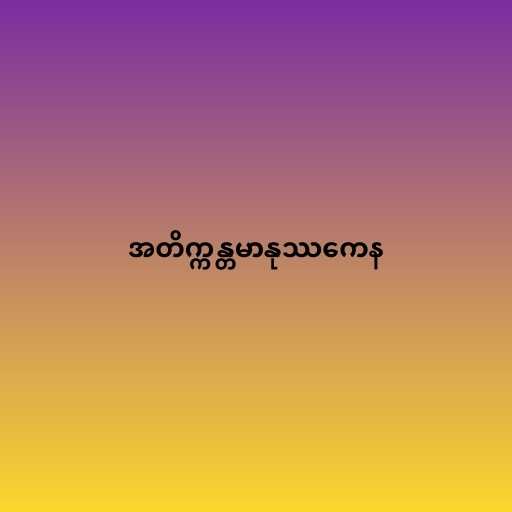
အတိက္ကန္တမာနုဿကေန